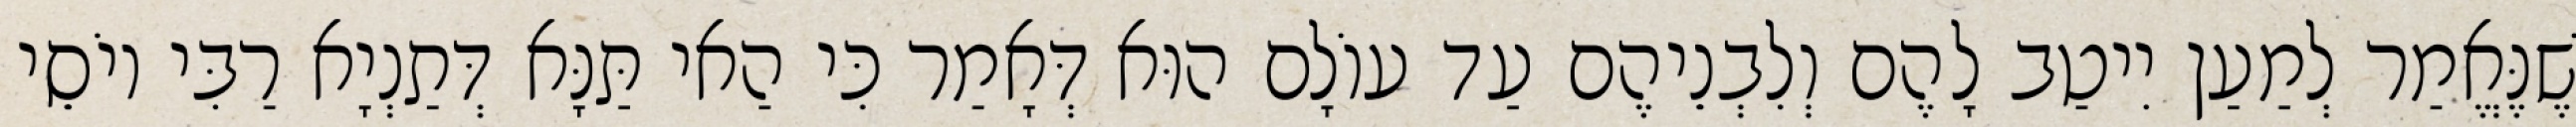
שֶׁנֶּאֱמַר לְמַעַן יִיטַב לָהֶם וְלִבְנֵיהֶם עַד עוֹלָם הוּא דְּאָמַר כִּי הַאי תַּנָּא דְּתַנְיָא רַבִּי יוֹסֵי